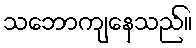
သဘောကျနေသည်။